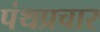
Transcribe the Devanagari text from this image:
पंथप्रचार